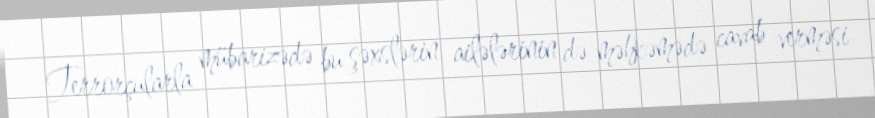
Terrorçularla mübarizədə bu şəxslərin ailələrinin də məhkəmədə cavab verməsi